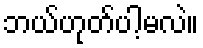
ဘယ်ဟုတ်ပါ့မလဲ။